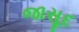
જાસૂદ